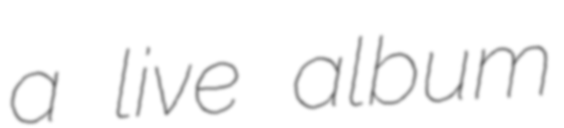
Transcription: a live album